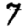
Digit: 7